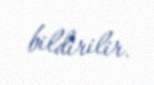
bildirilir.